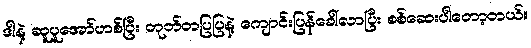
ဒါနဲ့ ဆူပူအော်ဟစ်ပြီး တုတ်တပြပြနဲ့ ကျောင်းပြန်ခေါ်လာပြီး စစ်ဆေးပါတော့တယ်။